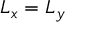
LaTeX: L _ { x } = L _ { y }